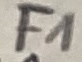
Text: F1